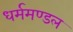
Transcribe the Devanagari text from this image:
धर्ममण्डल